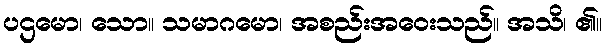
ပဌမော၊ သော။ သမာဂမော၊ အစည်းအဝေးသည်။ အသိ၊ ၏။